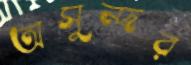
অসুন্দর